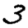
Digit: 3